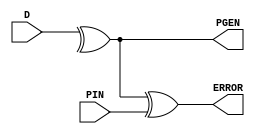
//------------------------------------------------------
// Copyright 1992, 1993 Cascade Design Automation Corporation.
//------------------------------------------------------
module paritycg(D,PIN,ERROR,PGEN);
  parameter N = 8;
  parameter DPFLAG = 1;
  parameter GROUP = "dpath1";
  parameter
        d_D = 0,
        d_PIN_r = 0,
        d_PIN_f = 0,
        d_ERROR_r = 1,
        d_ERROR_f = 1,
        d_PGEN_r = 1,
        d_PGEN_f = 1;
  input [(N - 1):0] D;
  input  PIN;
  output  ERROR;
  output  PGEN;
  wire [(N - 1):0] D_temp;
  wire  PIN_temp;
  reg  ERROR_temp;
  reg  PGEN_temp;
  reg  temp;
  assign #(d_D) D_temp = D;
  assign #(d_PIN_r,d_PIN_f) PIN_temp = PIN;
  assign #(d_ERROR_r,d_ERROR_f) ERROR = ERROR_temp;
  assign #(d_PGEN_r,d_PGEN_f) PGEN = PGEN_temp;
  always
    @(D_temp or PIN_temp)
      begin
      temp = ( ^ D_temp);
      PGEN_temp = temp;
      ERROR_temp = (temp ^ PIN_temp);
      end
endmodule